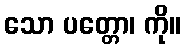
သော ပတ္တော၊ ကို။